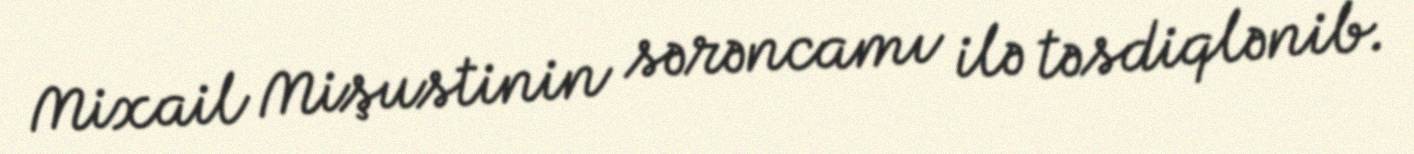
Mixail Mişustinin sərəncamı ilə təsdiqlənib.